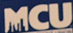
MCU